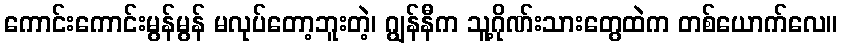
ကောင်းကောင်းမွန်မွန် မလုပ်တော့ဘူးတဲ့၊ ဂျွန်နီက သူ့ဂိုဏ်းသားတွေထဲက တစ်ယောက်လေ။